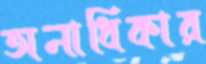
অনাধিকার